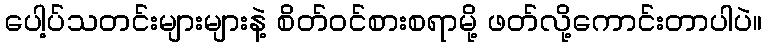
ပေါ့ပ်သတင်းများများနဲ့ စိတ်ဝင်စားစရာမို့ ဖတ်လို့ကောင်းတာပါပဲ။